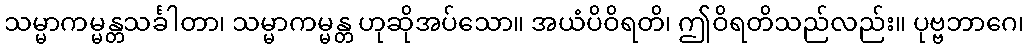
သမ္မာကမ္မန္တသင်္ခါတာ၊ သမ္မာကမ္မန္တ ဟုဆိုအပ်သော။ အယံပိဝိရတိ၊ ဤဝိရတိသည်လည်း။ ပုဗ္ဗဘာဂေ၊